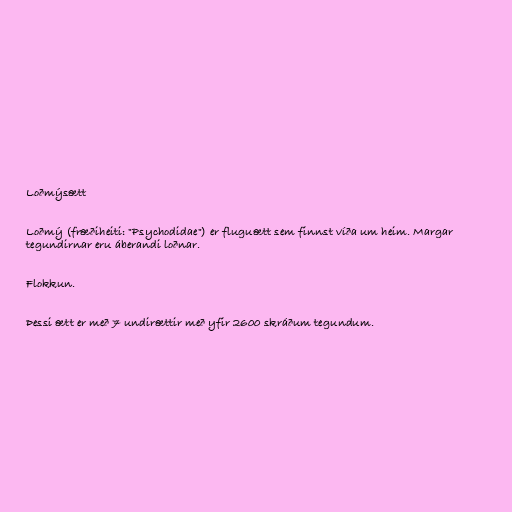
Loðmýsætt

Loðmý (fræðiheiti: "Psychodidae") er fluguætt sem finnst víða um heim. Margar
tegundirnar eru áberandi loðnar.

Flokkun.

Þessi ætt er með 7 undirættir með yfir 2600 skráðum tegundum.